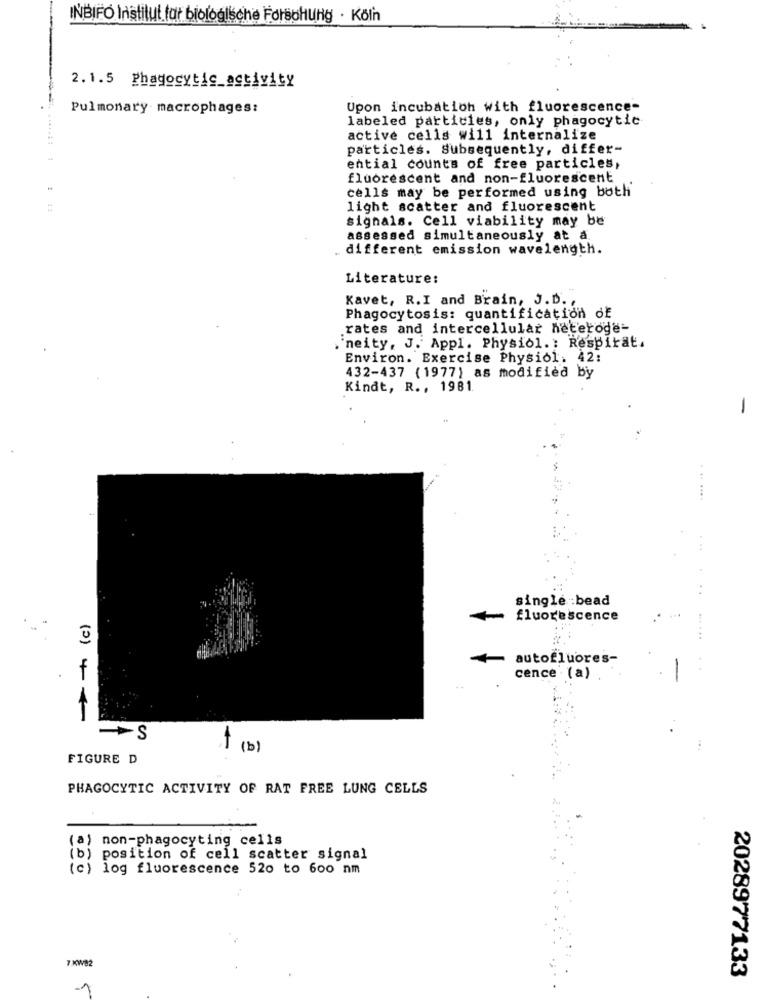
INBIFO Institut fur biologische Forschung . Köln
2.1.5 Phagocytic_activity
Pulmonary macrophages:
Upon incubation with fluorescence-
labeled particles, only phagocytic
active cells will internalize
particles. Subsequently, differ-
ential counts of free particles,
fluorescent and non-fluorescent
cells may be performed using both
=
light scatter and fluorescent
signals. Cell viability may be
assessed simultaneously at a
different emission wavelength.
Literature:
Kavet, R.I and Brain, J.D. ,
Phagocytosis: quantification of
rates and intercellular heterode-
. 'neity, J. Appl. Physiol. : Respirat.
Environ. Exercise Physiol: 42:
432-437 (1977) as modified by
Kindt, R ., 1981.
-
. .. ....
...
single bead
fluorescence
....
autofluores-
f
cence (a)
-
- S
1 (b)
FIGURE D
PHAGOCYTIC ACTIVITY OF RAT FREE LUNG CELLS
(a) non-phagocyting cells
(b)
position of cell scatter signal
(c) log fluorescence 520 to 600 nm
7 KW82
2028977133
1